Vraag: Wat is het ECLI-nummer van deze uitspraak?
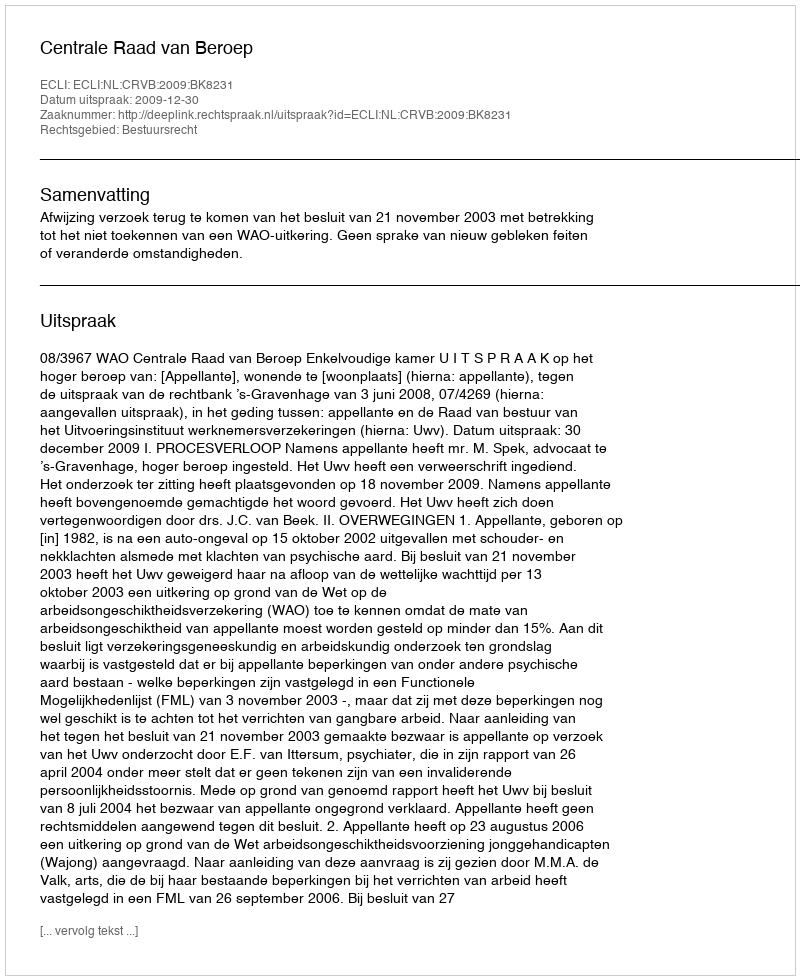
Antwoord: ECLI:NL:CRVB:2009:BK8231